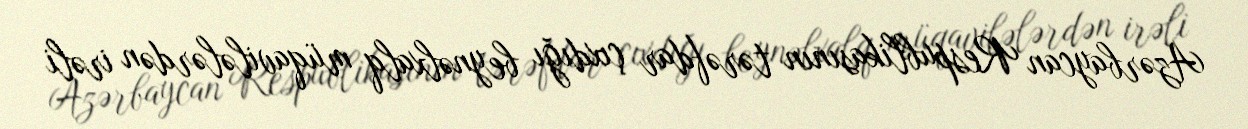
Azərbaycan Respublikasının tərəfdar çıxdığı beynəlxalq müqavilələrdən irəli